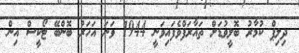
ދިލިޕް ކުމާރު ބޮލީވުޑަށް ތައާރަފްވެފައިވަނީ 1944 ވަނަ އަހަރު ބޮންބޭ ޓޯކީސް އިން